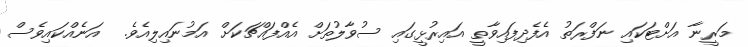
މަރީނާ އަށްޓަކައި ނަފްރަތު އެފެދިފައިވާތީ އައިރުޅީގައި ސުވާލުތަށް އެއްފައްޗަކަށް އަމުނައިލިއެވެ.  އަނެއްކައިވެސް